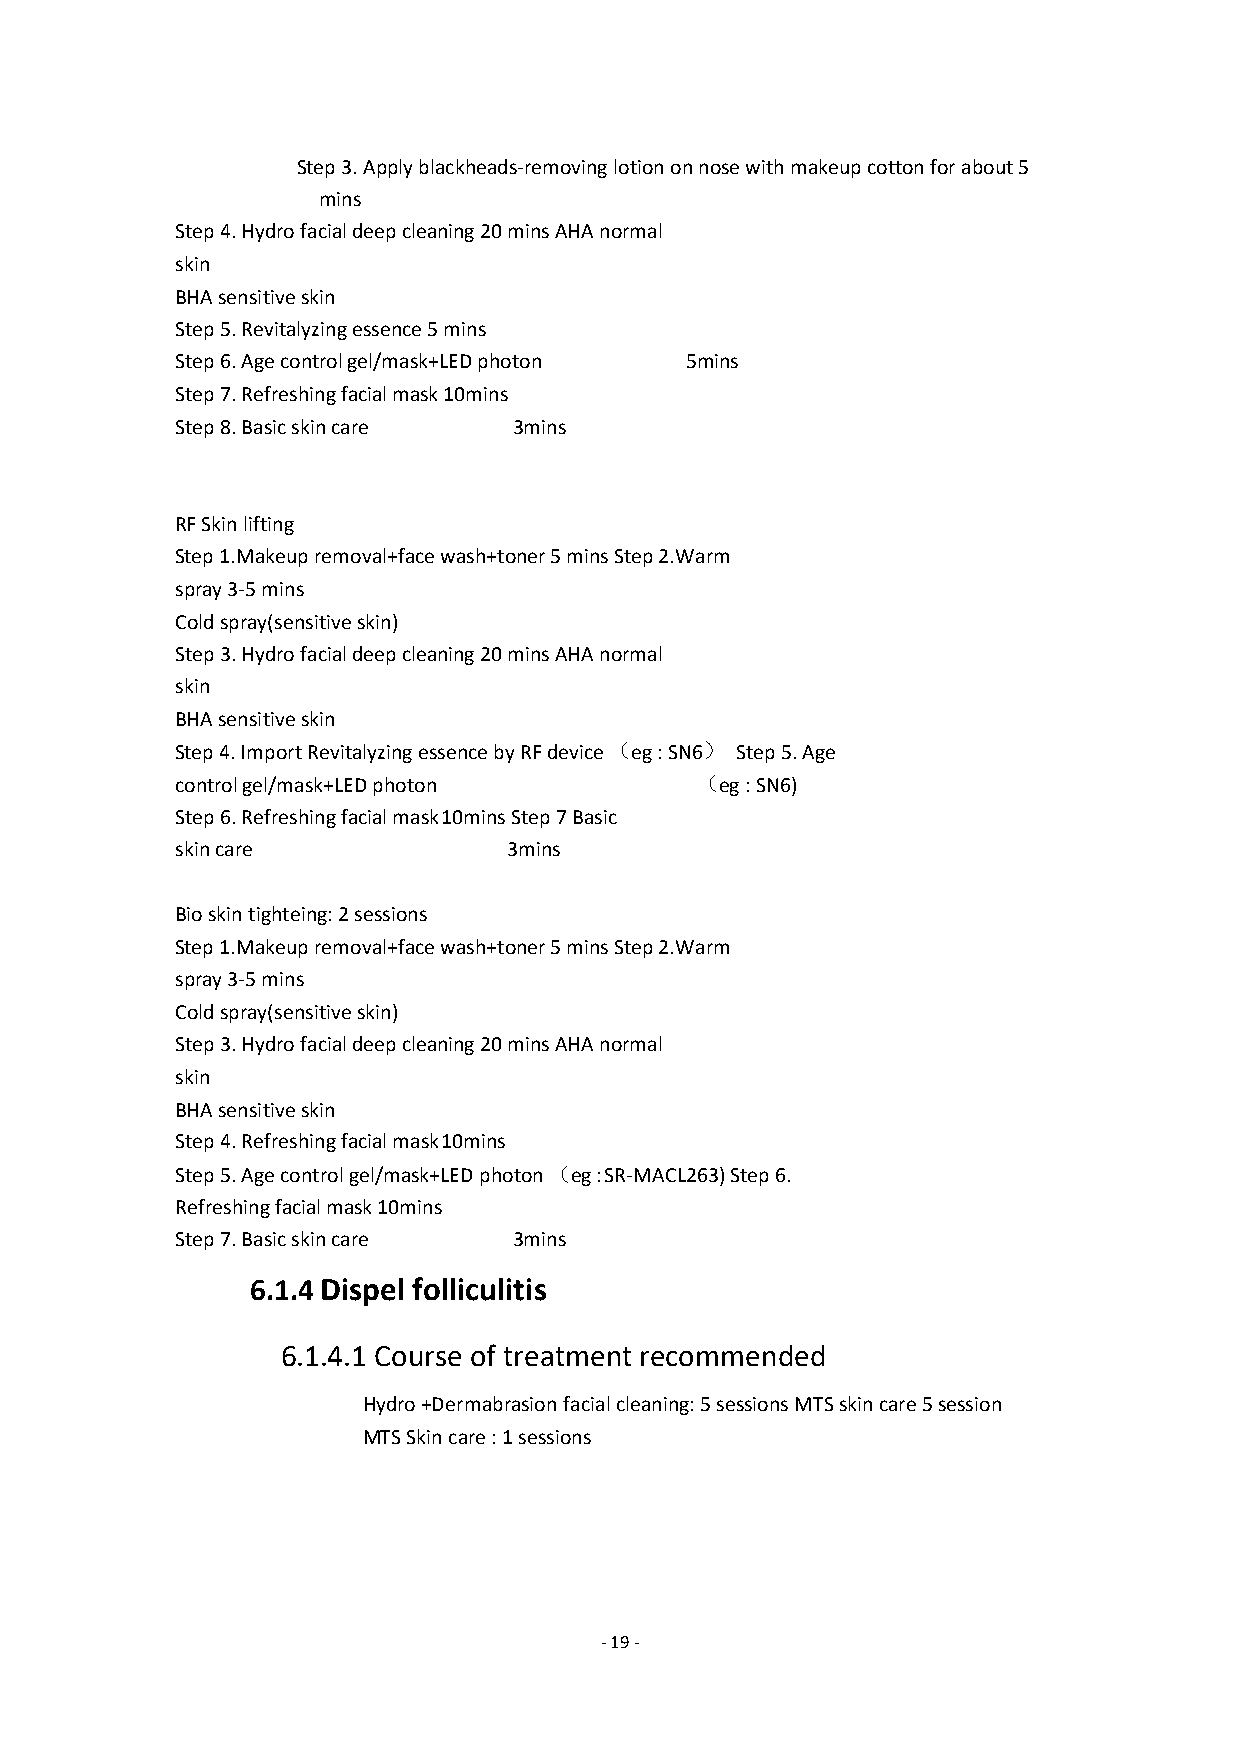
Step3.Applyblackheads-removinglotiononnosewithmakeupcottonforabout5
 mins
 Step4.Hydrofacialdeepcleaning20minsAHAnormal
 skin
 BHAsensitiveskin
 Step5.Revitalyzingessence5mins
 Step6.Agecontrolgel/mask+LEDphoton 5mins
 Step7.Refreshingfacialmask10mins
 Step8.Basicskincare   3mins
 RFSkinlifting
 Step1.Makeupremoval+facewash+toner5minsStep2.Warm
 spray3-5mins
 Coldspray(sensitiveskin)
 Step3.Hydrofacialdeepcleaning20minsAHAnormal
 skin
 BHAsensitiveskin
 Step4.ImportRevitalyzingessencebyRFdevice（eg:SN6） Step5.Age
 controlgel/mask+LEDphoton         （eg:SN6)
 Step6.Refreshingfacialmask10minsStep7Basic
 skincare              3mins
 Bioskintighteing:2sessions
 Step1.Makeupremoval+facewash+toner5minsStep2.Warm
 spray3-5mins
 Coldspray(sensitiveskin)
 Step3.Hydrofacialdeepcleaning20minsAHAnormal
 skin
 BHAsensitiveskin
 Step4.Refreshingfacialmask10mins
 Step5.Agecontrolgel/mask+LEDphoton（eg:SR-MACL263)Step6.
 Refreshingfacialmask10mins
 Step7.Basicskincare   3mins
 6.1.4 Dispel folliculitis
 6.1.4.1 Course of treatmentrecommended
 Hydro+Dermabrasionfacialcleaning:5sessionsMTSskincare5session
 MTSSkincare:1sessions
 -19-